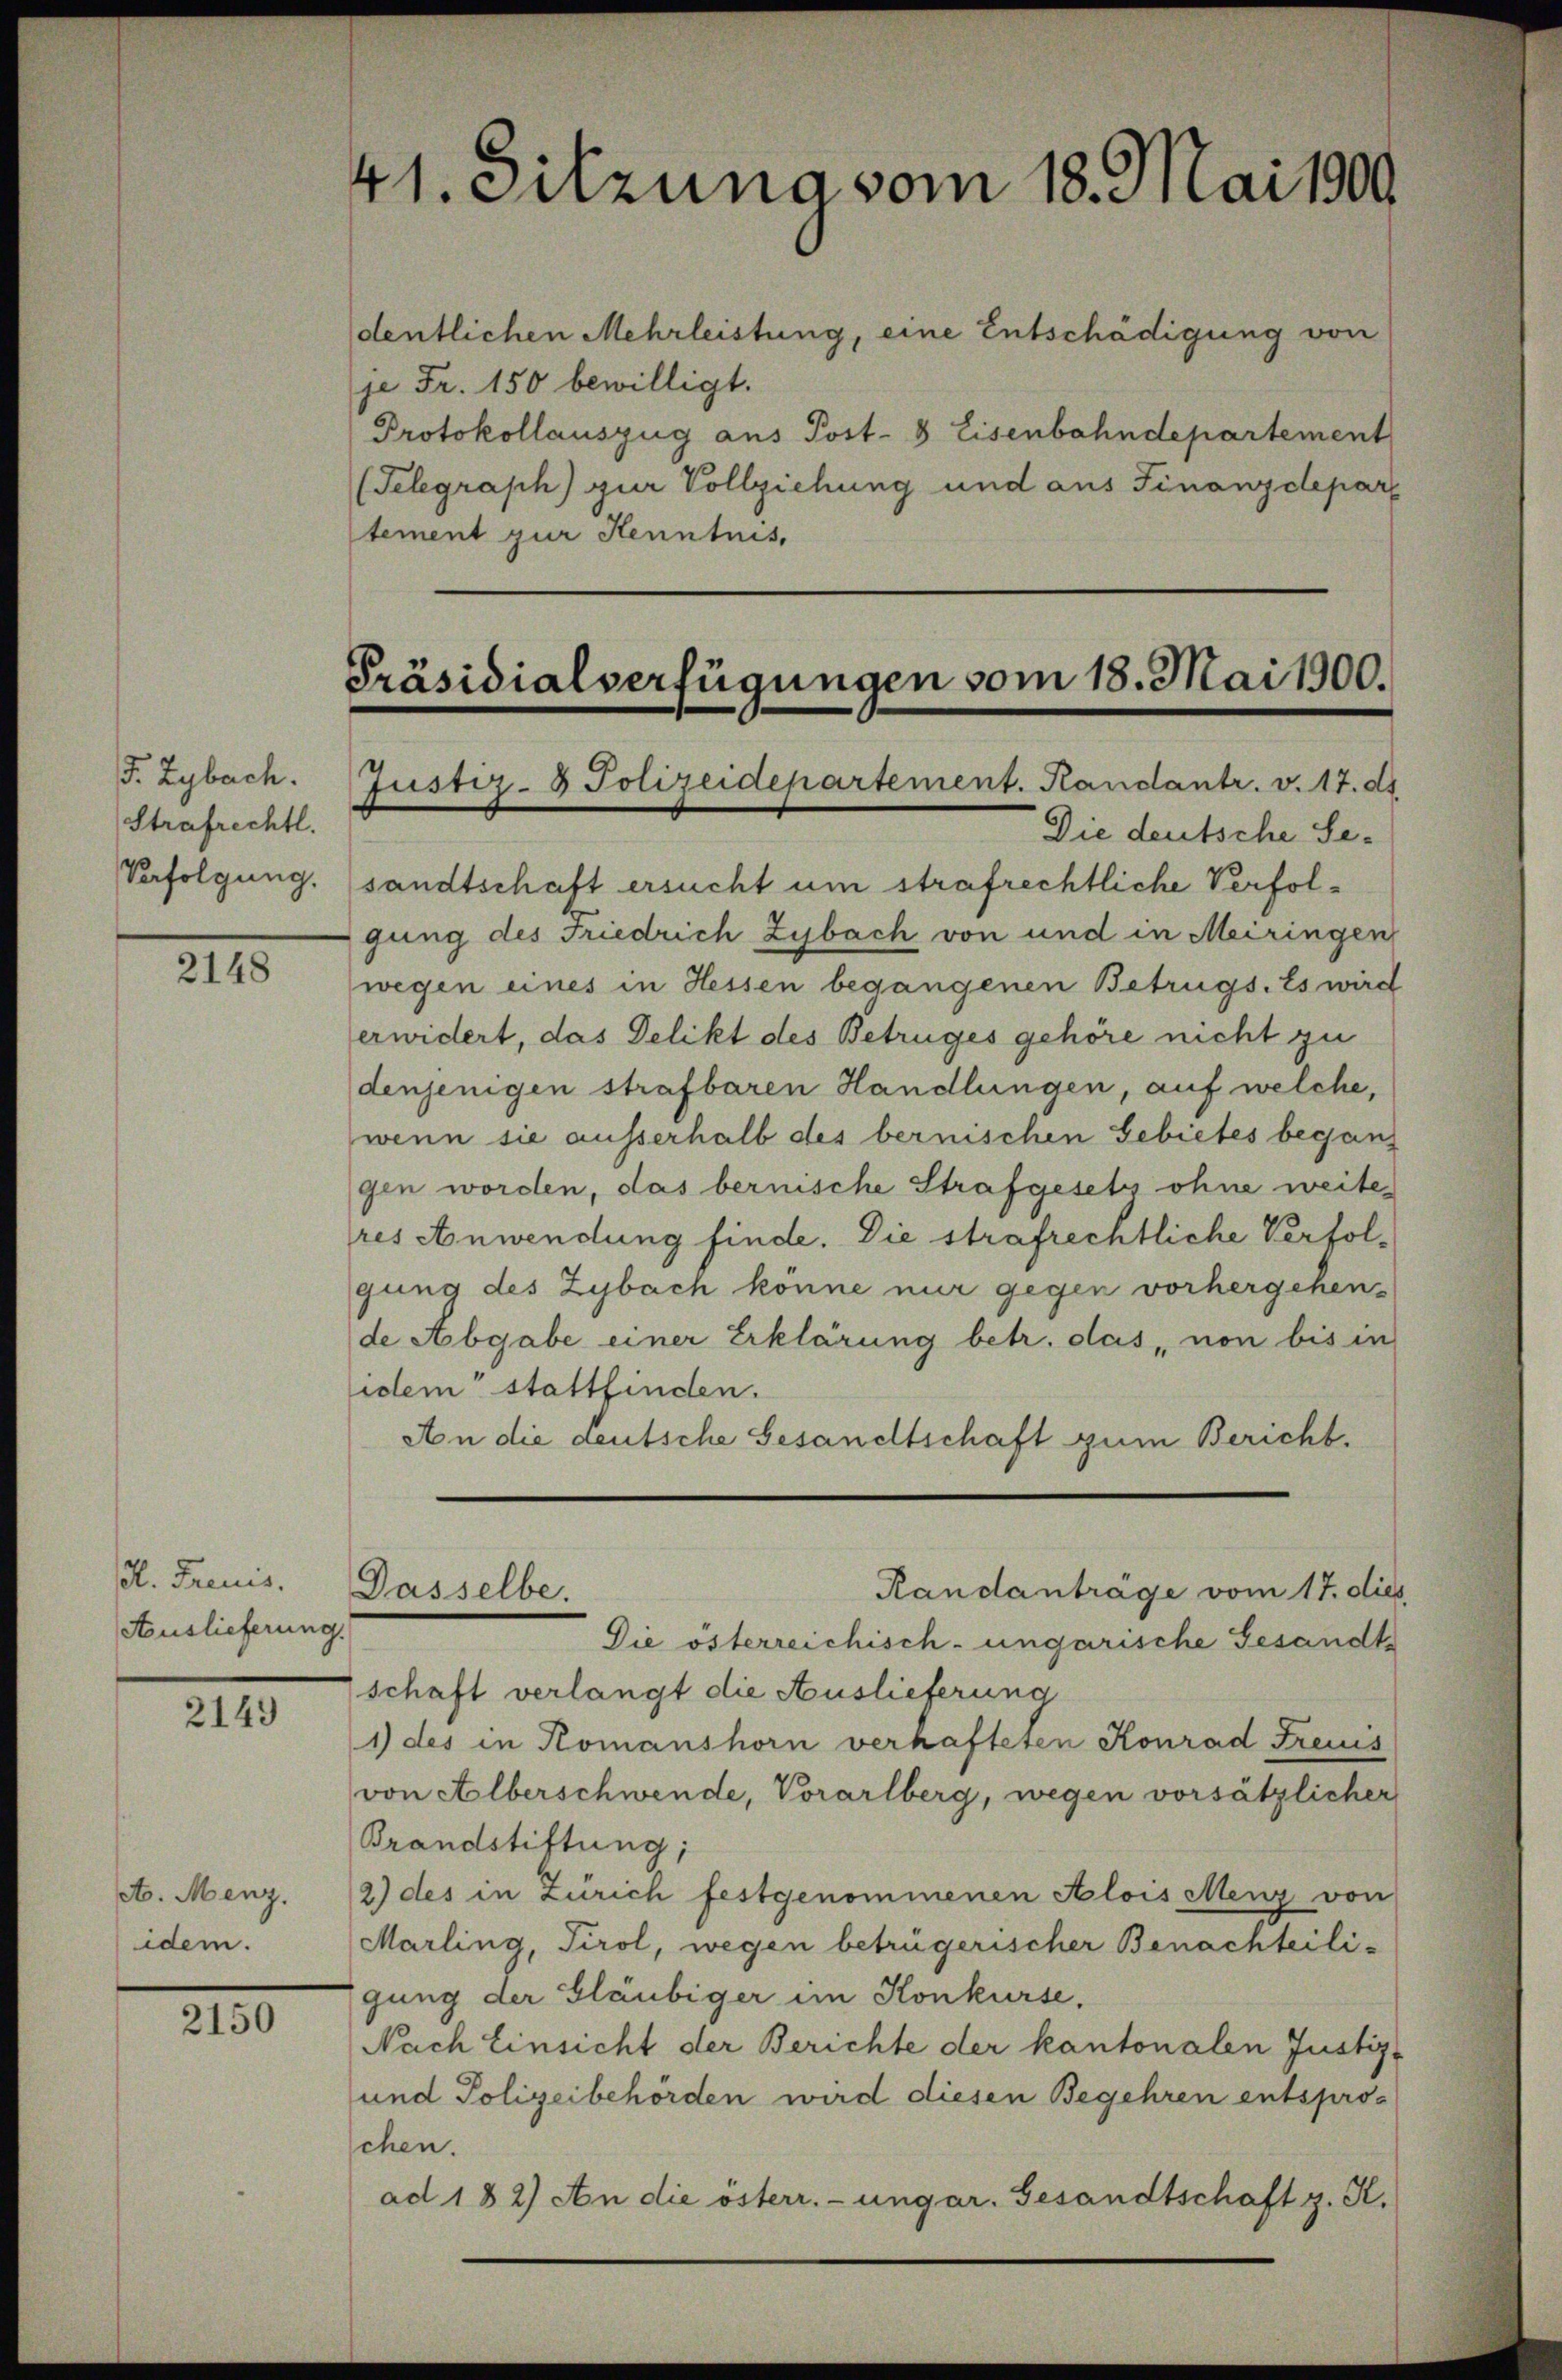
F. Zybach.
Strafrechtl.
Verfolgung.

2148

ol. Freues.
Auslieferung.

2149

A. Menz.
idem.

2150

dentlichen Mehrleistung, eine Entschädigung von
je Fr. 150 bewilligt.
Protokollauszug aus Post- & Eisenbahndepartement
(Telegraph) zur Vollziehung und aus Finanzdepar
tement zur Kenntnis,

41. Sitzung vom 18. Mai 1900.

Die deutsche Se-
sandtschaft ersucht um strafrechtliche Verfolgung des Friedrich Zybach von und in Meiringen
wegen eines in Hessen begangenen Betrugs. Es wird
erwidert, das Delikt des Betruges gehöre nicht zu
denjenigen strafbaren Handlungen, auf welche,
wenn sie ausserhalb des bernischen Gebietes begang
gen worden, das bernische Strafgesetz ohne weite
res Anwendung finde. Die strafrechtliche Verfolgung des Zybach könne nur gegen vorhergehende Abgabe einer Erklärung betr. das von bis in
idem stattfinden.
An die deutsche Gesandtschaft zum Bericht.
Randanträge vom 17. die
Dasselbe.
Die österreichisch-ungarische Gesandte
schaft verlangt die Auslieferung
1) des in Komanshorn verhafteten Konrad Freis
von Alberschwende, Vorarlberg, wegen vorsätzlicher
Brandstiftung;
2) des in Zürich festgenommenen Alois Menz von
Marling, Tirol, wegen betrügerischer Benachteili-
gung der Gläubiger im Konkurse.
Nach Einsicht der Berichte der kantonalen Justiz-
und Polizeibehörden wird diesen Begehren entsprochen.
ad 182) An die österr.-ungar. Gesandtschaft z. K.

Präsidialverfügungen vom 18. Mai 1900.
Justiz- & Polizeidepartement. Kandantr. v. 17. ds.